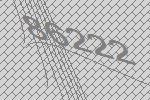
86222